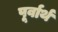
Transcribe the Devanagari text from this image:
पूर्वार्थ